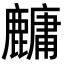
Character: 𬹁